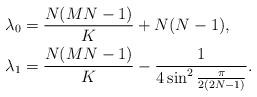
LaTeX: \begin{align*} \lambda_0 & = \frac{N(MN-1)}{K}+N(N-1),\\ \lambda_1 & = \frac{N(MN-1)}{K}-\frac{1}{4\sin^2 \frac{\pi}{2(2N-1)}}. \end{align*}